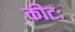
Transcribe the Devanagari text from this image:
कीटः